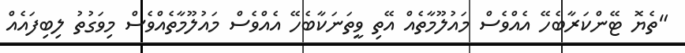
"ތެޔޮ ޓޭންކަރާބެހޭ އެއްވެސް މައުލޫމާތެއް އޭތި ވީތަނަކާބެހޭ އެއްވެސް މައުލޫމާތެއްވެސް މިވަގުތު ލިބިފައެއް